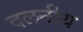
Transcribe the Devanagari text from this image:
दलनीय